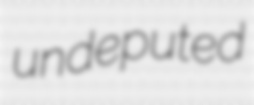
undeputed